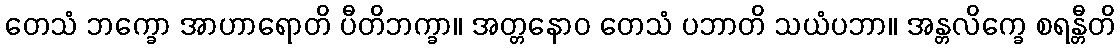
တေသံ ဘက္ခော အာဟာရောတိ ပီတိဘက္ခာ။ အတ္တနောဝ တေသံ ပဘာတိ သယံပဘာ။ အန္တလိက္ခေ စရန္တီတိ